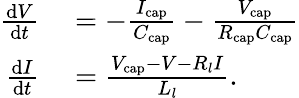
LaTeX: \begin{array}{rl}{\frac{\mathrm{d}V}{\mathrm{d}t}}&{{}=-\frac{I_{\mathrm{cap}}}{C_{\mathrm{cap}}}-\frac{V_{\mathrm{cap}}}{R_{\mathrm{cap}}C_{\mathrm{cap}}}}\\ {\frac{\mathrm{d}I}{\mathrm{d}t}}&{{}=\frac{V_{\mathrm{cap}}-V-R_{l}I}{L_{l}}.}\end{array}